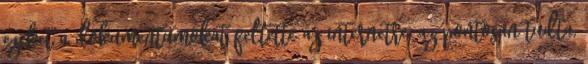
eze­ket a dokumentumokat feltette az internetre, az pontosan tudta,